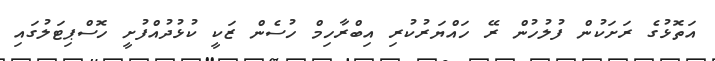
އަތޮޅުގެ ރަށަކުން ފުލުހުން ރޭ ހައްޔަރުކުރި އިބްރާހިމް ހުސެން ޒަކީ ކުޅުދުއްފުށީ ހޮސްޕިޓަލުގައި